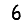
Digit: 6